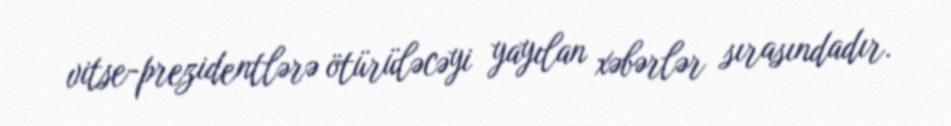
vitse-prezidentlərə ötürüləcəyi yayılan xəbərlər sırasındadır.